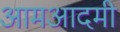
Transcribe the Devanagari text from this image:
आमआदमी